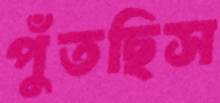
পুঁতছিস